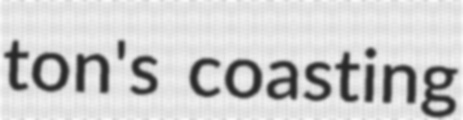
ton's coasting